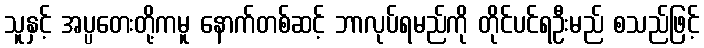
သူနှင့် အပ္ပတေးတို့ကမူ နောက်တစ်ဆင့် ဘာလုပ်ရမည်ကို တိုင်ပင်ရဦးမည် စသည်ဖြင့်